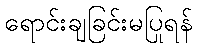
ရောင်းချခြင်းမပြုရန်